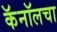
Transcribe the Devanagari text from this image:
कॅनॉलचा